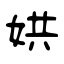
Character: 娂